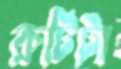
রুটিটা